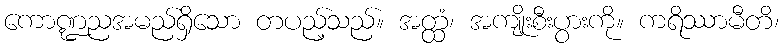
ကောဏ္ဍညအမည်ရှိသော တပည့်သည်။ အတ္ထံ၊ အကျိုးစီးပွားကို။ ကရိဿာမီတိ၊